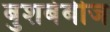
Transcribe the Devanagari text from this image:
बुशबेबीज